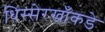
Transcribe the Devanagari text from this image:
धिस्सेरखाँकडे